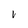
Character: V